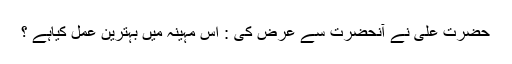
حضرت علیؑ نے آنحضرت سے عرض کی : اس مہینہ میں بہترین عمل کیاہے ؟